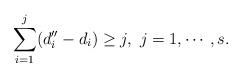
LaTeX: \begin{align*} \sum_{i=1}^{j}(d''_{i}-d_i)\ge j, \mbox{ }j=1,\cdots, s.\end{align*}